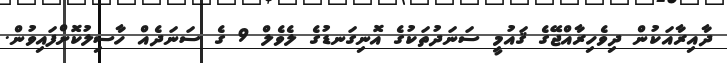
ދާއިރާއަކުން ދިވެހިރާއްޖޭގެ ޤައުމީ ސަނަދުތަކުގެ އޮނިގަނޑުގެ ލެވެލް 9 ގެ ސަނަދެއް ހާސިލުކޮށްފައިވުން.